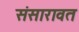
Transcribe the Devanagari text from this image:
संसारावत